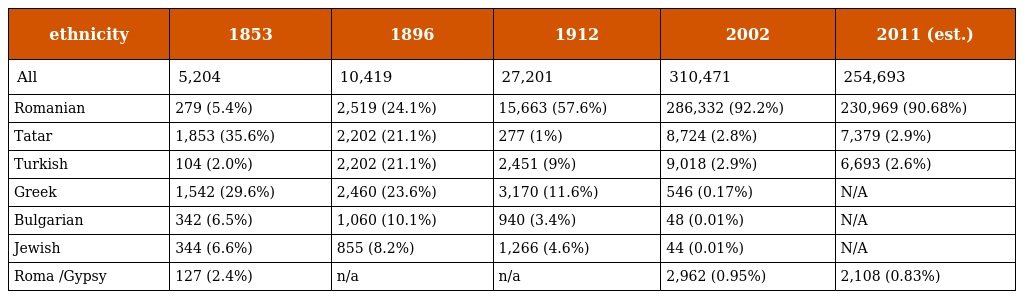
| ethnicity | 1853 | 1896 | 1912 | 2002 | 2011 (est.) |
 | --- | --- | --- | --- | --- | --- |
 | All | 5,204 | 10,419 | 27,201 | 310,471 | 254,693 |
 | Romanian | 279 (5.4%) | 2,519 (24.1%) | 15,663 (57.6%) | 286,332 (92.2%) | 230,969 (90.68%) |
 | Tatar | 1,853 (35.6%) | 2,202 (21.1%) | 277 (1%) | 8,724 (2.8%) | 7,379 (2.9%) |
 | Turkish | 104 (2.0%) | 2,202 (21.1%) | 2,451 (9%) | 9,018 (2.9%) | 6,693 (2.6%) |
 | Greek | 1,542 (29.6%) | 2,460 (23.6%) | 3,170 (11.6%) | 546 (0.17%) | N/A |
 | Bulgarian | 342 (6.5%) | 1,060 (10.1%) | 940 (3.4%) | 48 (0.01%) | N/A |
 | Jewish | 344 (6.6%) | 855 (8.2%) | 1,266 (4.6%) | 44 (0.01%) | N/A |
 | Roma /Gypsy | 127 (2.4%) | n/a | n/a | 2,962 (0.95%) | 2,108 (0.83%) |